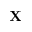
\mathbf { X }